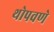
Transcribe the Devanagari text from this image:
थोपवणे